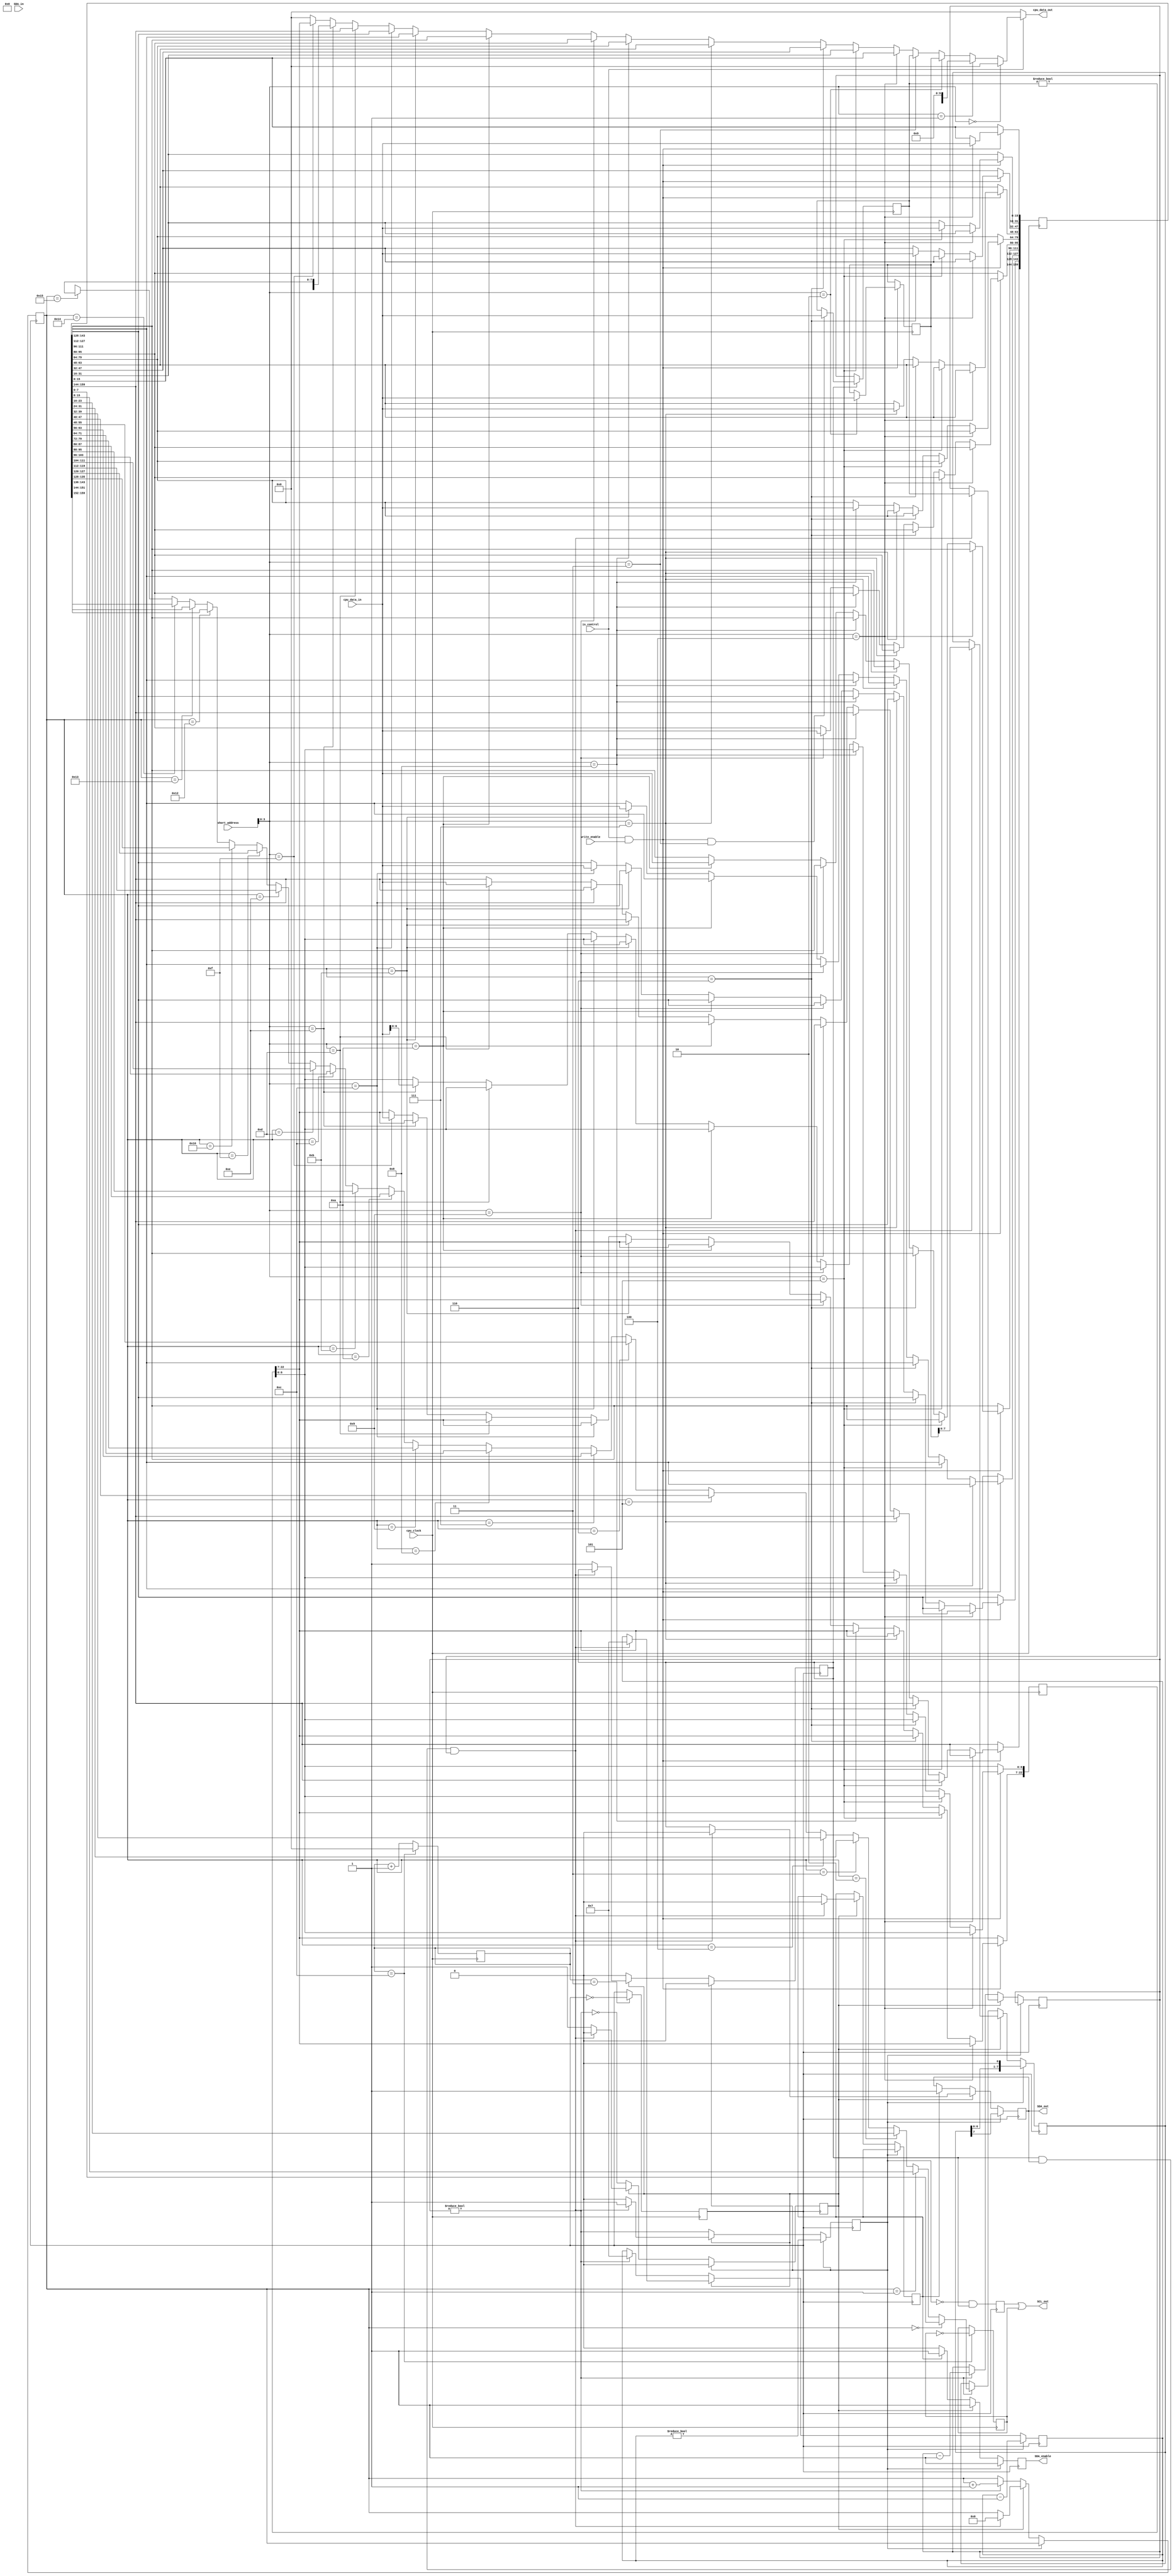
module i2c_device(
    input cpu_clock,
    input write_enable,
    input is_control,
    input [7:0] short_address,
    input [15:0] cpu_data_in,
    output [15:0] cpu_data_out,
    input SDA_in,
    output reg SDA_out = 1'h1,
//    output SDA_out,
    output reg SDA_enable = 1'h1,
    output SCL_out
);
    parameter DEVICE_ID = 16'h0;
    parameter DEVICE_TYPE = 8'h9;
    parameter CPU_FREQ = 10000000;

//    assign SDA_out = bytes_remaining[1] | bytes_remaining[0];

    wire [15:0] clk_400k_divider = CPU_FREQ / 800000;
    reg [15:0] clk_count = 16'h0;
    reg i2c_clk = 1'h0;
    reg i2c_change = 1'h1;

    always@(posedge cpu_clock) begin
      if (clk_count == clk_400k_divider) begin
        i2c_clk <= ~i2c_clk;
        clk_count <= 16'h0;
      end else begin
        clk_count <= clk_count + 1'h1;
      end

      // i2c signal will change in the middle of the stable clock value
      // so it is always stable on i2c_clk edge
      if (clk_count == { 2'h0, clk_400k_divider[15:2] }) begin
        i2c_change <= ~i2c_change;
      end
    end

    reg i2c_clk_disable = 1'h1;
    //reg i2c_clk_disable = 1'h0;

    assign SCL_out = i2c_clk_disable | i2c_clk;
    //assign SCL_out = i2c_clk;

    reg [191:0] control_buffer;
    reg [15:0] i2c_address;
    reg [15:0] bytes_initiated;

    reg started = 1'h0;
    reg read;
    reg write_done;
    reg read_done;
    reg [9:0] byte_pos;
    reg [7:0] buffer;
    reg [3:0] remaining_bits;
    wire ack = remaining_bits[3:0] == 4'h0;

    wire [7:0] selected_byte =
        byte_pos == 10'h0 ? control_buffer[7:0] :
        byte_pos == 10'h1 ? control_buffer[15:8] :
        byte_pos == 10'h2 ? control_buffer[23:16] :
        byte_pos == 10'h3 ? control_buffer[31:24] :
        byte_pos == 10'h4 ? control_buffer[39:32] :
        byte_pos == 10'h5 ? control_buffer[47:40] :
        byte_pos == 10'h6 ? control_buffer[55:48] :
        byte_pos == 10'h7 ? control_buffer[63:56] :
        byte_pos == 10'h8 ? control_buffer[71:64] :
        byte_pos == 10'h9 ? control_buffer[79:72] :
        byte_pos == 10'hA ? control_buffer[87:80] :
        byte_pos == 10'hB ? control_buffer[95:88] :
        byte_pos == 10'hC ? control_buffer[103:96] :
        byte_pos == 10'hD ? control_buffer[111:104] :
        byte_pos == 10'hE ? control_buffer[119:112] :
        byte_pos == 10'hF ? control_buffer[127:120] :
        byte_pos == 10'h10 ? control_buffer[135:128] :
        byte_pos == 10'h12 ? control_buffer[143:136] :
        byte_pos == 10'h13 ? control_buffer[151:144] :
        byte_pos == 10'h14 ? control_buffer[159:152] :
        byte_pos == 10'h15 ? control_buffer[167:160] :
        byte_pos == 10'h16 ? control_buffer[175:168] :
        byte_pos == 10'h17 ? control_buffer[183:168] :
        control_buffer[191:168];

    reg SDA_capture;
    always @(posedge i2c_change) begin
      SDA_capture <= SDA_in;

      i2c_clk_disable <= ~started & stopped;
    end

    reg [15:0] bytes_remaining = 16'h0;
    reg done = 1'h1;
    reg stopped = 1'h1;
    wire has_remaining = bytes_remaining != 16'h0;
    always @(negedge i2c_change) begin
      if (started) begin
        // Send 8 bits while started
        started <= remaining_bits != 4'h0;
        remaining_bits <= remaining_bits - 1'h1;
        SDA_out <= buffer[7];
        SDA_enable <= 1'h1;
        buffer <= buffer << 1;
        done <= 1'h0;
        stopped <= 1'h0;
      end else if(~done) begin
        // This is the ACK bit.
        if (read) begin
         SDA_out <= 1'h1;
         SDA_enable <= 1'h1;
        end else begin
         SDA_enable <= 1'h0;
        end
        // If remaining bytes, start next byte next
        // else stop condition next
        done <= ~has_remaining;
        started <= has_remaining;
        stopped <= 1'h0;
        if (has_remaining) begin
           buffer <= selected_byte;
           remaining_bits <= 4'h7;
           bytes_remaining <= bytes_remaining - 1'h1;
           byte_pos <= byte_pos + 1'h1;
        end
      end else if(stopped & SDA_out & bytes_initiated != 4'h0) begin
        started <= 1'h1;
        done <= 1'h0;
        byte_pos <= 10'h0;
        bytes_remaining <= bytes_initiated;

        // Start condition - TODO: fix, may be repeated start
        SDA_out <= 1'h0;
        SDA_enable <= 1'h1;

        //read <= i2c_address[0];
        read = 1'h0; //testing writes first

        buffer <= i2c_address[7:0];
        remaining_bits <= 4'h7;
      end else begin
        SDA_out <= stopped;
        SDA_enable <= 1'h1;
        stopped <= 1'h1;

//        if(bytes_queued != 4'h0) begin
//          started <= 1'h1;
//          done <= 1'h0;
//          byte_pos <= 10'h0;
//          bytes_remaining <= bytes_initiated;
//
//          // Start condition - TODO: fix, may be repeated start
//          SDA_out <= 1'h0;
//          SDA_enable <= 1'h1;
//
//          //read <= i2c_address[0];
//          read = 1'h0; //testing writes first
//
//          buffer <= i2c_address[7:0];
//          remaining_bits <= 4'h7;
//        end
      end
    end

    wire control_write = is_control & write_enable;
    wire [3:0] control_address = short_address[3:0];

    wire [7:0] flags = { pin_count, 2'h0 };
    wire [15:0] control_read =
        control_address == 4'h0 ? DEVICE_ID :
        control_address == 4'h1 ? { flags, DEVICE_TYPE } :
        control_address == 4'h2 ? i2c_address :
        control_address == 4'h3 ? bytes_initiated :
        control_address == 4'h4 ? control_buffer[15:0] :
        control_address == 4'h5 ? control_buffer[31:16]:
        control_address == 4'h6 ? control_buffer[47:32]:
        control_address == 4'h7 ? control_buffer[63:48]:
        control_address == 4'h8 ? control_buffer[79:64] :
        control_address == 4'h9 ? control_buffer[95:80] :
        control_address == 4'hA ? control_buffer[111:96] :
        control_address == 4'hB ? control_buffer[127:112] :
        control_address == 4'hC ? control_buffer[143:128] :
        control_address == 4'hD ? control_buffer[159:144] :
        control_address == 4'hE ? control_buffer[175:160] :
        control_address == 4'hF ? control_buffer[191:176] : 16'h0;

    assign cpu_data_out = is_control ? control_read : 16'h0;
    always @(posedge cpu_clock) begin
      if(control_write) begin
        if(control_address == 4'h2)
          i2c_address <= cpu_data_in;
        if(control_address == 4'h4)
          control_buffer[15:0] <= cpu_data_in;
        else if(control_address == 4'h5)
          control_buffer[31:16] <= cpu_data_in;
        else if(control_address == 4'h6)
          control_buffer[47:32] <= cpu_data_in;
        else if(control_address == 4'h7)
          control_buffer[63:48] <= cpu_data_in;
        else if(control_address == 4'h8)
          control_buffer[79:64] <= cpu_data_in;
        else if(control_address == 4'h9)
          control_buffer[95:80] <= cpu_data_in;
        else if(control_address == 4'hA)
          control_buffer[111:96] <= cpu_data_in;
        else if(control_address == 4'hB)
          control_buffer[127:112] <= cpu_data_in;
        else if(control_address == 4'hC)
          control_buffer[143:128] <= cpu_data_in;
        else if(control_address == 4'hD)
          control_buffer[159:144] <= cpu_data_in;
        else if(control_address == 4'hE)
          control_buffer[175:169] <= cpu_data_in;
        else if(control_address == 4'hF)
          control_buffer[191:176] <= cpu_data_in;
      end
      if (~stopped) begin
        bytes_initiated <= bytes_remaining;
      end else if(control_write & control_address == 4'h3) begin
//      if(control_write & control_address == 4'h3) begin
        bytes_initiated <= cpu_data_in;
      end
    end
endmodule